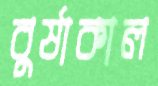
বুর্ষাকাল